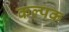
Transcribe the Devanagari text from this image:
कल्‍पक